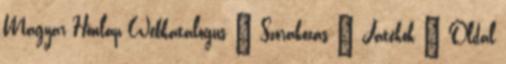
Magyar Honlap Webkatalógus » Szórakozás » Játékok » Oldal